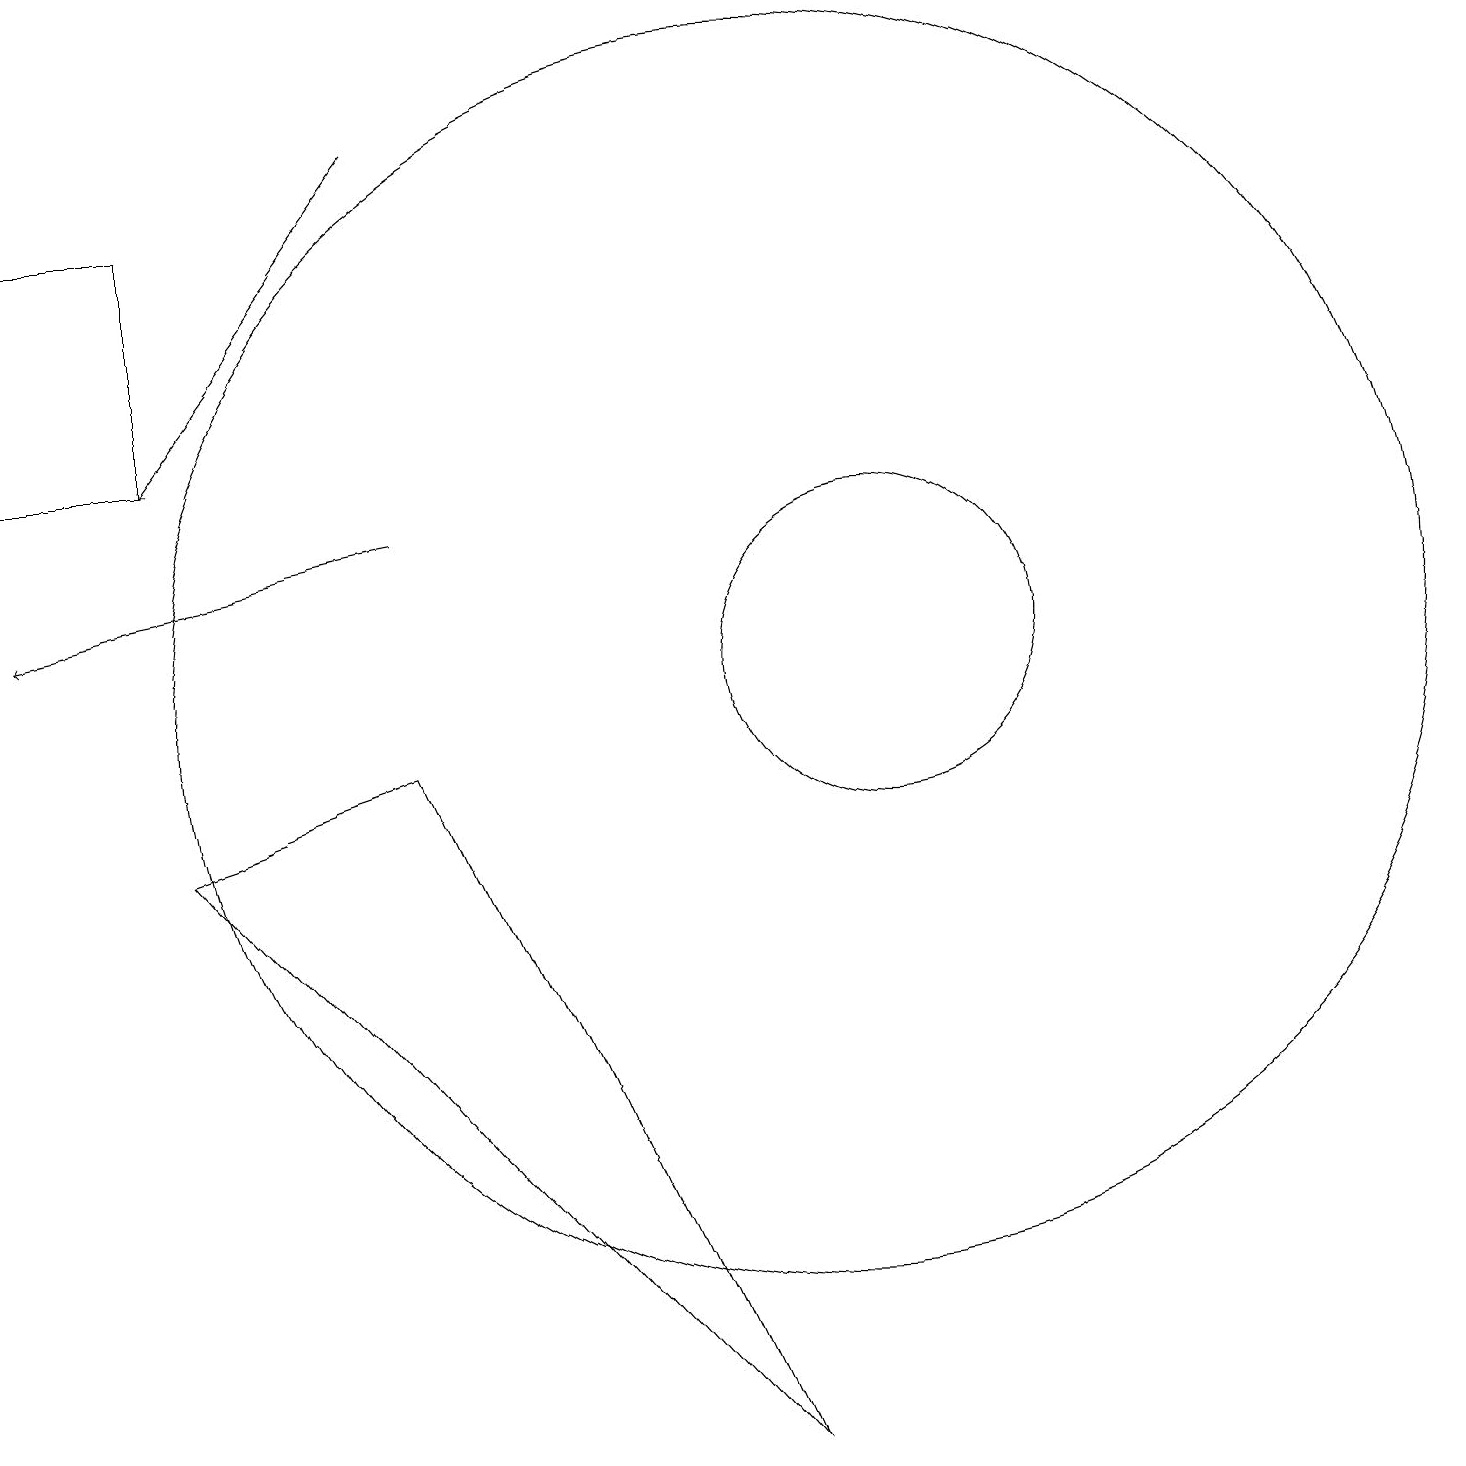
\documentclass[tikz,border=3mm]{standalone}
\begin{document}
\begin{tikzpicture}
\draw[->] (5,17) -- (2,13);
\draw (10,10) circle (8);
\draw[->] (5,12) -- (0,11);
\draw (11,10) circle (2);
\draw (5,9) -- (9,0) -- (2,8) -- cycle;
\draw (2,13) rectangle (0,16);
\draw (10,10) circle (0);
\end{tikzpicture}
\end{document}